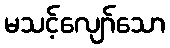
မသင့်လျော်သော